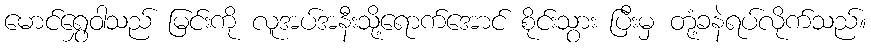
မောင်ရွှေဝါသည် မြင်းကို လူအပ်အနီးသို့ရောက်အောင် စိုင်းသွား ပြီးမှ တုံ့ခနဲရပ်လိုက်သည်။